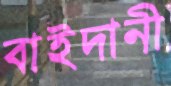
বাইদানী